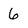
Character: 6